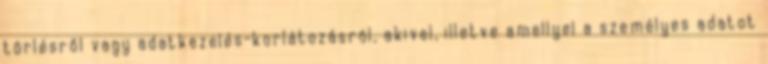
törlésről vagy adatkezelés-korlátozásról, akivel, illetve amellyel a személyes adatot